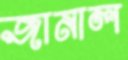
জানাল